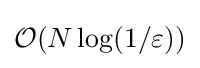
{\mathcal {O}}(N\log(1/\varepsilon ))